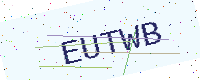
Text: EUTWB